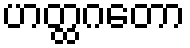
ဟတ္ထဂတော